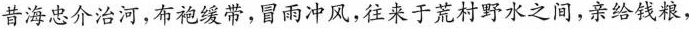
昔海忠介治河，布袍缓带，冒雨冲风，往来于荒村野水之间，亲给钱粮，